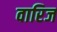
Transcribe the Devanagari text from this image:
वारिज